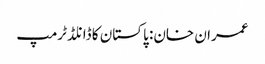
عمران خان: پاکستان کا ڈانلڈ ٹرمپ